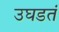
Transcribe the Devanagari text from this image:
उघडतं